Annual report of lunatic asylums [Bombay] - 1912-1922
Year: 1912
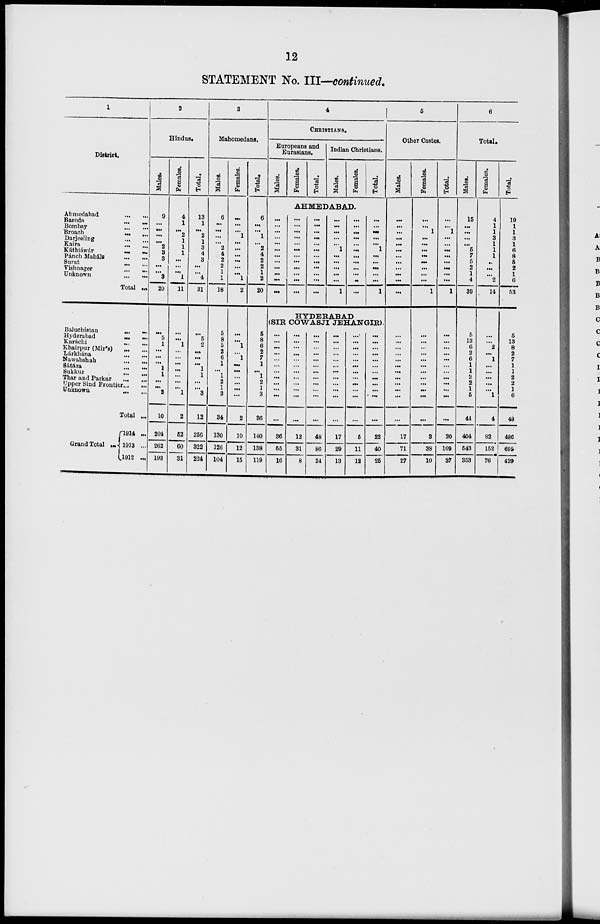
12
STATEMENT No. III—continued.
1
District.
Ahmedabad
...
...
Baroda
...
...
Bombay
...
...
Broach
...
...
Darjeeling
...
...
Kaira ... ...
Káthiáwár ... ...
Pánch Maháls
...
...
Surat
...
...
Vishnager
...
...
Unknown
...
...
Total ...
Baluchistan
...
...
Hyderabad
...
...
Karáchi
...
...
Khairpur (Mir's)
...
...
Lárkhána
...
...
Nawabshah
...
...
Sátára
...
...
Sukkur
...
...
Thar and Parkar ... ...
Upper Sind Frontier ... ...
Unknown
...
...
Total ...
Grand Total ...
1914 ...
1913 ...
1912 ...
2
Hindus.
Males.
9
...
...
...
...
2
3
3
...
...
3
20
...
5
1
...
...
...
1
1
...
...
2
10
204
262
193
Females.
4
1
...
2
1
1
1
...
...
...
1
11
...
...
1
...
...
...
...
...
...
...
1
2
52
60
31
Total.
13
1
...
2
1
3
4
3
...
...
4
31
...
5
2
...
...
...
1
1
...
...
3
12
256
322
224
3
Mahomedans.
Males.
6
...
...
...
...
2
4
2
2
1
1
18
5
8
5
2
6
1
...
1
2
1
3
34
130
126
104
Females.
...
...
...
1
...
...
...
...
...
...
1
2
...
...
1
... 1
...
...
...
...
...
...
2
10
12
15
Total.
6
...
...
1
...
2
4
2
2
1
2
20
5
8
6
2
7
1
...
1
2
1
3
36
140
138
119
4
CHRISTIANS.
Europeans and
Eurasians.
Males.
...
...
...
...
...
...
...
...
...
...
...
...
Females.
Total.
Indian Christians.
Males.
Females.
AHMEDABAD.
...
...
...
...
...
...
...
...
...
...
...
...
...
...
...
...
...
...
...
...
...
...
...
...
...
...
...
...
...
1
...
...
...
...
...
1
...
...
...
...
...
...
...
...
...
...
...
...
Total.
...
...
...
...
...
1
...
...
...
...
...
1
HYDERABAD
(SIR COWASJI JEHANGIR).
...
...
...
...
...
...
...
...
... ...
...
...
36
66
16
...
...
...
...
...
...
...
... ...
...
...
...
12
31
8
...
...
...
...
...
...
...
...
...
...
...
...
48
86
24
...
...
...
...
...
...
...
...
...
...
...
...
17
29
13
...
...
...
...
...
...
...
...
... ...
...
...
5
11
12
...
...
...
...
...
...
...
...
...
...
...
...
22
40
25
5
Other Castes.
Males.
...
...
...
...
...
...
...
...
...
...
...
...
...
...
...
...
...
...
...
...
...
...
...
...
17
71
27
Females.
...
...
1
...
...
...
...
...
...
...
...
1
...
...
...
...
...
...
...
...
...
...
...
...
3
38
10
Total.
...
...
1
...
...
...
...
...
...
...
...
1
...
...
...
...
...
...
...
...
...
...
...
...
20
109
37
6
Total.
Males.
15
...
...
...
...
5
7
5
2
1
4
39
5
13
6
2
6
1
1
2
2
1
5
44
404
543
353
Females.
4
1
1
3
1
1
1
...
...
...
2
14
...
...
2
...
1
...
...
...
...
...
1
4
82
152
76
Total.
19
1
1
3
1
6
8
5
2
1
6
53
5
13
8
2
7
1
1
2
2
1
6
48
486
695
429